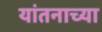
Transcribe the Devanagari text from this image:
यांतनाच्या